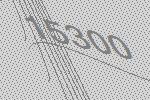
15300